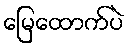
မြေထောက်ပဲ